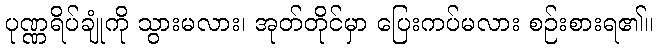
ပုဏ္ဏရိပ်ချုံကို သွားမလား၊ အုတ်တိုင်မှာ ပြေးကပ်မလား စဉ်းစားရ၏။